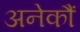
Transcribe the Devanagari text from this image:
अनेकौं